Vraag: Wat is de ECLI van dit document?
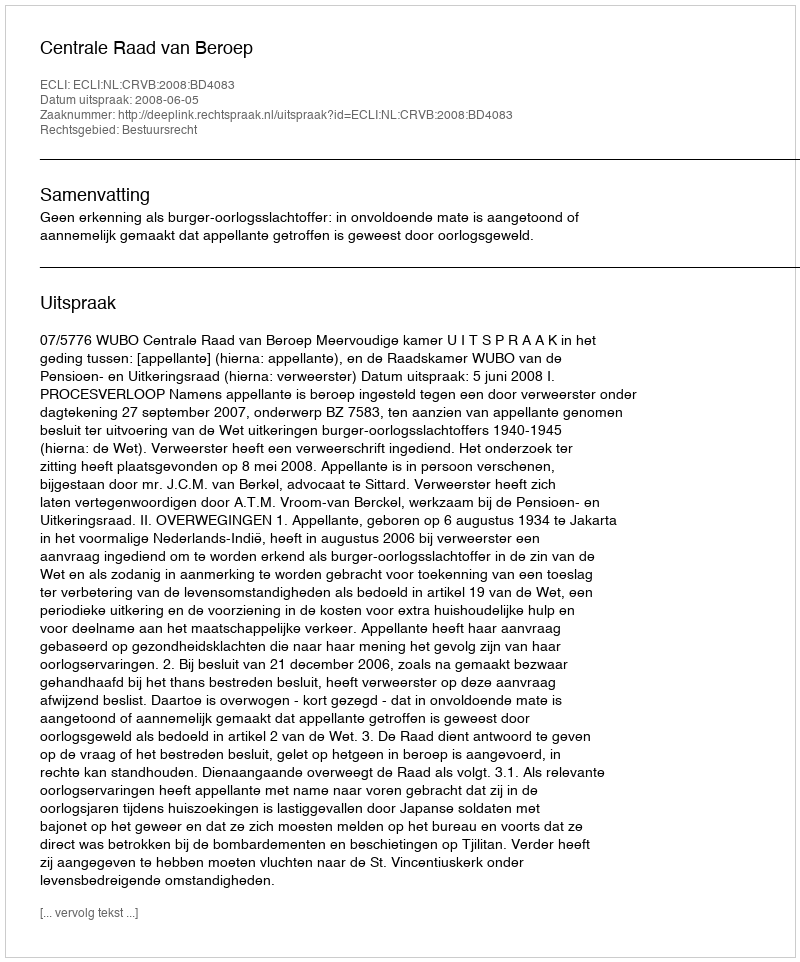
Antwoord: ECLI:NL:CRVB:2008:BD4083